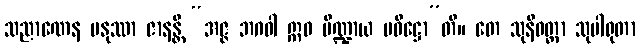
သညာဏေန မနုဿာ ဇာနန္တိ “အဇ္ဇ ဘဂဝါ ဣဓ ပိဏ္ဍာယ ပဝိဋ္ဌော”တိ။ တေ သုနိဝတ္ထာ သုပါရုတာ